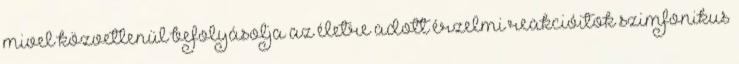
mivel közvetlenül befolyásolja az életre adott érzelmi reakcióitok szimfonikus